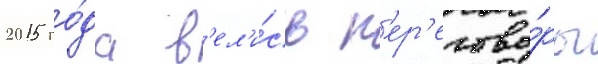
2015 го́да в'ел'и́сь п'ер'егово́ры